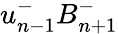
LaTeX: u_{n-1}^{-}B_{n+1}^{-}